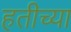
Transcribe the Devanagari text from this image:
हतीच्या